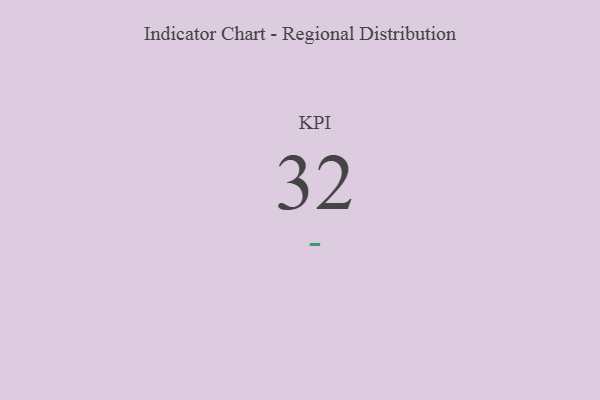
{"axis": {"x": "KPI", "y": "Value"}, "legend": [""], "data": [{"x": "KPI", "y": 32, "type": ""}]}